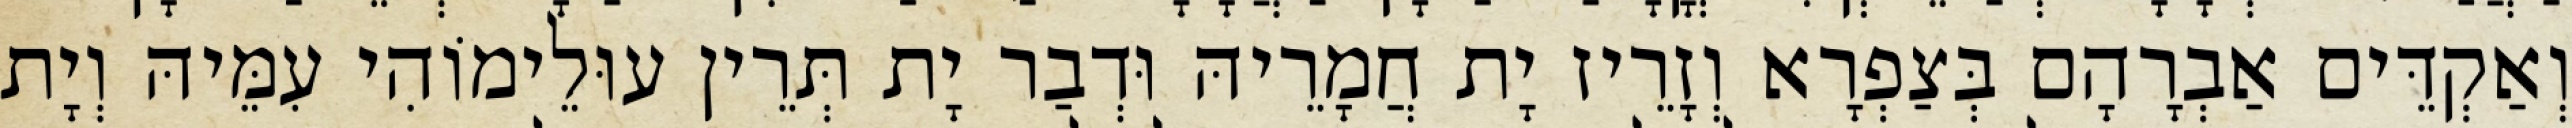
וְאַקְדֵּים אַבְרָהָם בְּצַפְרָא וְזָרֵיז יָת חֲמָרֵיהּ וּדְבַר יָת תְּרֵין עוּלֵימוֹהִי עִמֵּיהּ וְיָת